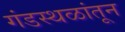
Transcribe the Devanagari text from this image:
गंडस्थळांतून